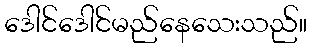
ဒေါင်ဒေါင်မည်နေသေးသည်။